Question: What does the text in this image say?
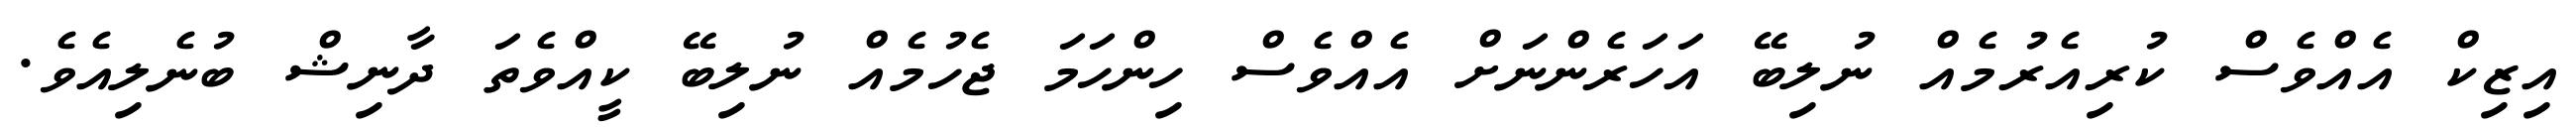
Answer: އިޒިކް އެއްވެސް ކުރިއެރުމެއް ނުލިބޭ އަހަރެންނަށް އެއްވެސް ހިންހަމަ ޖެހުމެއް ނުލިބޭ ކީއްވެތަ ދާނިޝް ބުނެލިއެވެ.